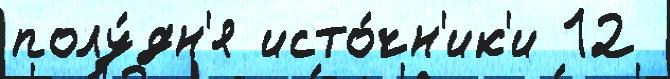
полу́дн'я исто́чн'ик'и 12